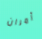
أمران